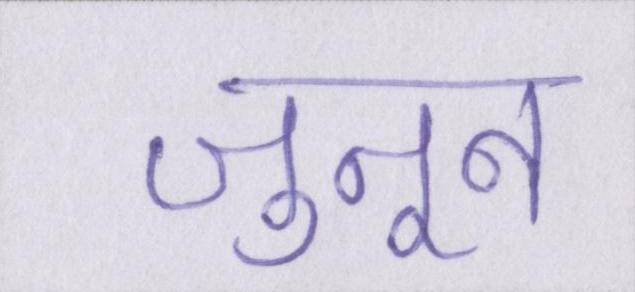
जुनून